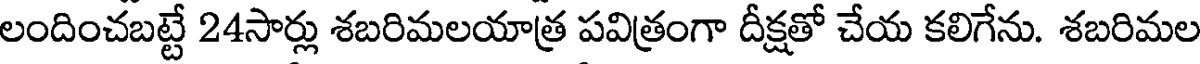
లందించబట్టే 24సార్లు శబరిమలయాత్ర పవిత్రంగా దీక్షతో చేయ కలిగేను. శబరిమల